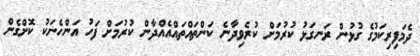
ދެމަފިރިކަމުގެ ގުޅުން ރަނގަޅު ކުރުމަށް ކުރެވިދާނެ ކަންތައްތައްއެއްދާން ކުރުމަށް ފަހު އަންހެނަކު ކޮށްގެން